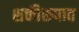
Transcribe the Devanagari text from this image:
शक्तीरूपात